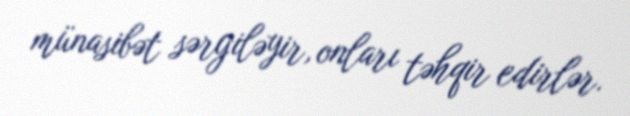
münasibət sərgiləyir, onları təhqir edirlər.